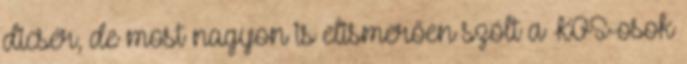
dicsér, de most nagyon is elismerően szólt a KOS-osok